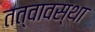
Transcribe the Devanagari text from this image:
तत्वावस्था